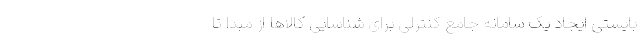
بایستی ایجاد یک سامانه جامع کنترلی برای شناسایی کالاها از مبدا تا